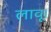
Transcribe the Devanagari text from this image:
लावू।